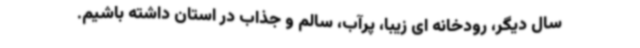
سال دیگر، رودخانه ای زیبا، پرآب، سالم و جذاب در استان داشته باشیم.